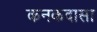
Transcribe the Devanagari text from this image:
कनकदासा